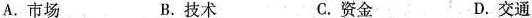
A.市场 B.技术 C.资金 D.交通